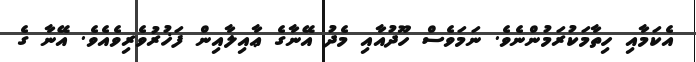
އެކަމާއި ހިތާމަކުރަމުންނެވެ. ނަމަވެސް ހޫދުއާއި މެދު އޭނާގެ ޢާއިލާއިން ފަޚުރުވެރިވެއެވެ. އޭނާ ގެ